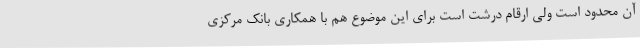
آن محدود است ولی ارقام درشت است برای این موضوع هم با همکاری بانک مرکزی